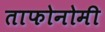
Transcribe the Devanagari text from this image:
ताफोनोमी